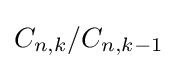
C_{n,k}/C_{n,k-1}